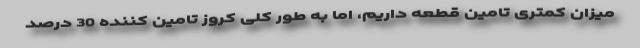
میزان کمتری تامین قطعه داریم، اما به طور کلی کروز تامین کننده 30 درصد